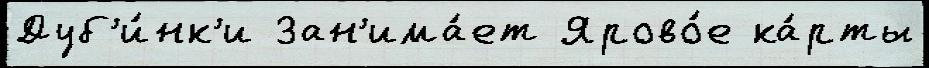
Дуб'и́нк'и Зан'има́ет Ярово́е ка́рты